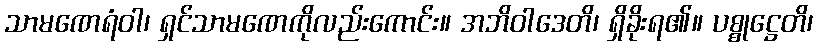
သာမဏေရံဝါ၊ ရှင်သာမဏေကိုလည်းကောင်း။ အဘိဝါဒေတိ၊ ရှိခိုးရ၏။ ပစ္စုဋ္ဌေတိ၊